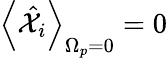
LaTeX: \left<\hat{\mathcal X}_{i}\right>_{\Omega_{p}=0}=0